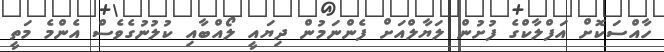
ހާއްސަކޮށް އަފްލާކްގެ ފުށުން ލަޔާލްއަށް ފެންނަމުން ދިޔައީ ލޯއްބާއި ކުލުނުގެވެސް އެންމެ މަތީ